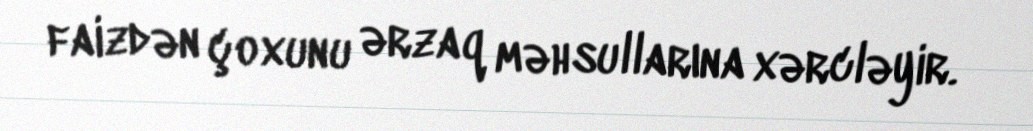
faizdən çoxunu ərzaq məhsullarına xərcləyir.